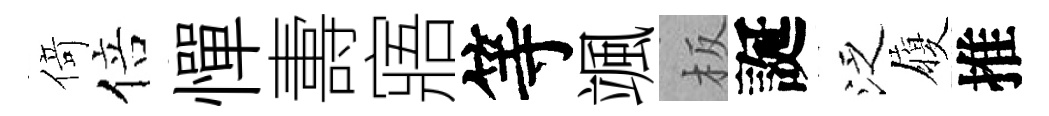
𠋣倍憚夀寤等颯板誕泛履推